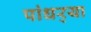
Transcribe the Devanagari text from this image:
पांधर्‍या